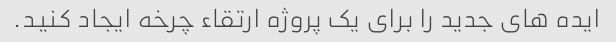
ایده های جدید را برای یک پروژه ارتقاء چرخه ایجاد کنید.